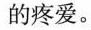
的疼爱。